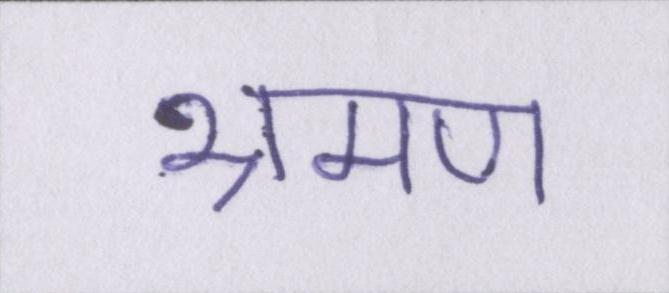
भ्रमण